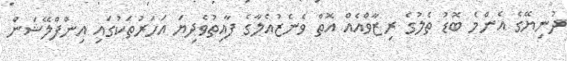
ދުނިޔޭގެ އެންމެ ބޮޑު ތެލުގެ ރިޒާވްއެއް އޮތް ވެނެޒުއެލާގެ ފާއިތުވެދިޔަ އަހަރުތަކުގައި އިންފްލޭޝަން